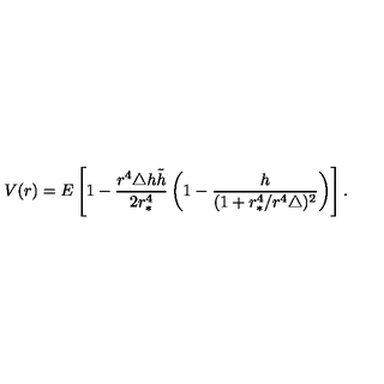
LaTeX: V ( r ) = E \left[ 1 - \frac { r ^ { 4 } \triangle h \tilde { h } } { 2 r _ { * } ^ { 4 } } \left( 1 - \frac { h } { ( 1 + r _ { * } ^ { 4 } / r ^ { 4 } \triangle ) ^ { 2 } } \right) \right] .